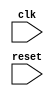
module clk_behavioral_model(
    input wire clk,
    input wire reset
);

reg [7:0] data_reg;

always @ (posedge clk) begin
    if (reset) begin
        data_reg <= 8'b0;
    end else begin
        // Define behavior to be executed on positive edge of clock
        // For example, you can add logic to update data_reg here
    end
end

endmodule